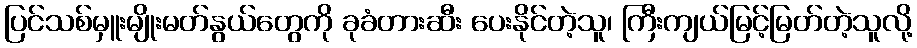
ပြင်သစ်မှူးမျိုးမတ်နွယ်တွေကို ခုခံတားဆီး ပေးနိုင်တဲ့သူ၊ ကြီးကျယ်မြင့်မြတ်တဲ့သူလို့